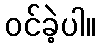
ဝင်ခဲ့ပါ။